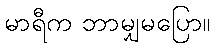
မာရီက ဘာမျှမပြော။